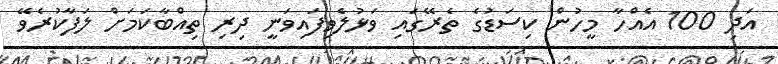
އަދި 100 އެއްހާ މީހުން ކިސަޑުގެ ތެރޭގައި ވަޅުލެވިފައިވަނީ ދިރި ތިއްބާކަމަށް ލަފާކުރެވޭ